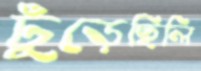
ঢুঁড়েছিলি